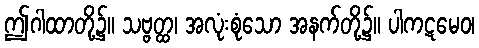
ဤဂါထာတို့၌။ သဗ္ဗတ္ထ၊ အလုံးစုံသော အနက်တို့၌။ ပါကဋမေဝ၊